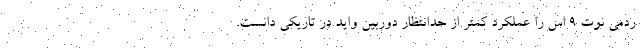
ردمی نوت ۹ اس را عملکرد کمتر از حدانتظار دوربین واید در تاریکی دانست.